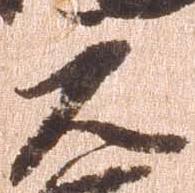
元